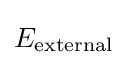
E_{\text{external}}